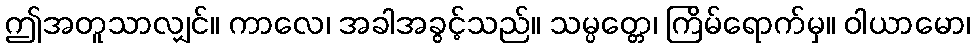
ဤအတူသာလျှင်။ ကာလေ၊ အခါအခွင့်သည်။ သမ္ပတ္တေ၊ ကြိမ်ရောက်မှ။ ဝါယာမော၊